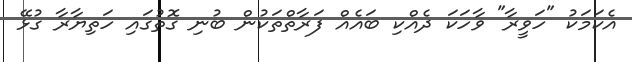
އެކަމަކު "ހަވީރާ" ވާހަކަ ދެއްކި ބައެއް ފަރާތްތަކުން ބުނި ގޮތުގައި ހަތިޔާރާ ގުޅޭ